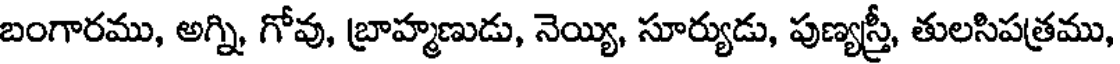
బంగారము, అగ్ని, గోవు, బ్రాహ్మణుడు, నెయ్యి, సూర్యుడు, పుణ్యస్త్రీ, తులసిపత్రము,